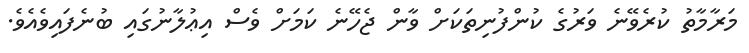
މަރާމާތު ކުރެވޭނެ ވަރުގެ ކުންފުނިތަކަށް ވާން ޖެހޭނެ ކަމަށް ވެސް އިޢުލާނުގައި ބުނެފައިވެއެވެ.